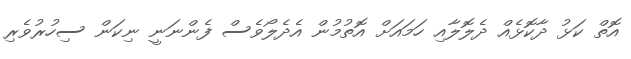
އޮތް ކަޅު ދާކޮޅެއް ދެލޮލާއި ހަމައަށް އޮތުމުން އެދެލޯވެސް ފެންނަނީ ނިކަން ސިހުރުވެރި